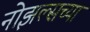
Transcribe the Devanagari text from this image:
नोझल्सच्या